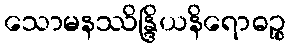
သောမနဿိန္ဒြိယနိရောဓဉ္စ